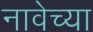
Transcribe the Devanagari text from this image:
नावेच्या